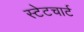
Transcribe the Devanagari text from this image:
स्टेटचार्ट